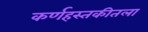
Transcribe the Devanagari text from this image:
कर्णहस्तकीतला